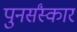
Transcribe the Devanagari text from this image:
पुनर्संस्कार